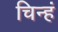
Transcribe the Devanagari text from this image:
चिन्हं